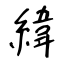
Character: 緯